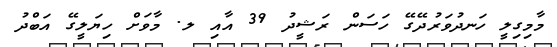
މާމިގިލީ ހަނދުވަރުދޭގޭ ހަސަން ރަޝީދު 39 އާއި ލ. މާވަށް ހިޔަލީގޭ އަބްދު